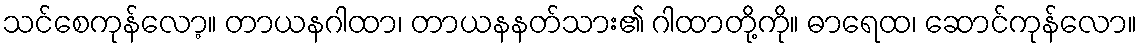
သင်စေကုန်လော့။ တာယနဂါထာ၊ တာယနနတ်သား၏ ဂါထာတို့ကို။ ဓာရေထ၊ ဆောင်ကုန်လော။